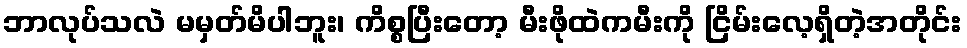
ဘာလုပ်သလဲ မမှတ်မိပါဘူး၊ ကိစ္စပြီးတော့ မီးဖိုထဲကမီးကို ငြိမ်းလေ့ရှိတဲ့အတိုင်း